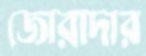
জোরাদার